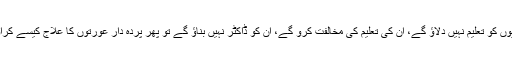
اگر بچیوں کو تعلیم نہیں دلاؤ گے، اُن کی تعلیم کی مخالفت کرو گے، اُن کو ڈاکٹر نہیں بناؤ گے تو پھر پردہ دار عورتوں کا علاج کیسے کراؤ گے؟